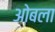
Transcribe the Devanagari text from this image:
ओबला